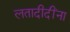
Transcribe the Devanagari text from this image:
लतादीदींना